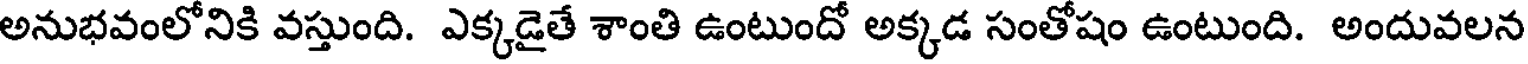
అనుభవంలోనికి వస్తుంది. ఎక్కడైతే శాంతి ఉంటుందో అక్కడ సంతోషం ఉంటుంది. అందువలన